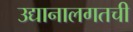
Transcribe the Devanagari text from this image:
उद्यानालगतची